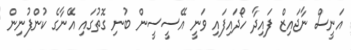
އަނީސް ނާޖައިޒް ފައިދާ ހޯދައިފައި ވަނީ އޭސީސީން ބުނި ގޮތުގައި އޭނާގެ ކުންފުނިން